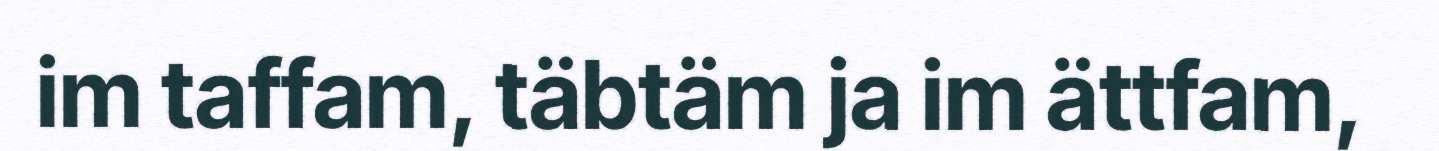
im taffam, täbtäm ja im ättfam,